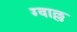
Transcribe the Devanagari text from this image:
ग्वाल्ल